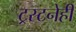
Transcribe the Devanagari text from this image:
ट्रस्टनेही